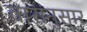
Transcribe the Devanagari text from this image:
वारांनुसार